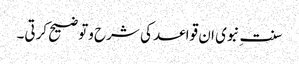
سنت ِنبوی ان قواعد کی شرح وتوضیح کرتی۔